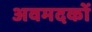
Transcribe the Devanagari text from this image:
अवमदकों